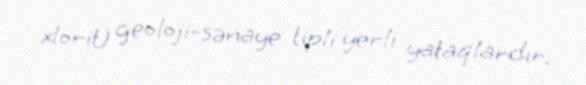
xlorit) geoloji-sənaye tipli yerli yataqlardır.